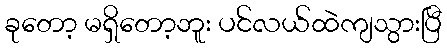
ခုတော့ မရှိတော့ဘူး ပင်လယ်ထဲကျသွားပြီ